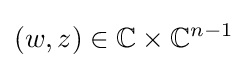
(w,z)\in \mathbb {C} \times \mathbb {C} ^{n-1}